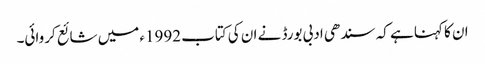
ان کا کہنا ہے کہ سندھی ادبی بورڈ نے ان کی کتاب 1992ء میں شائع کروائی۔